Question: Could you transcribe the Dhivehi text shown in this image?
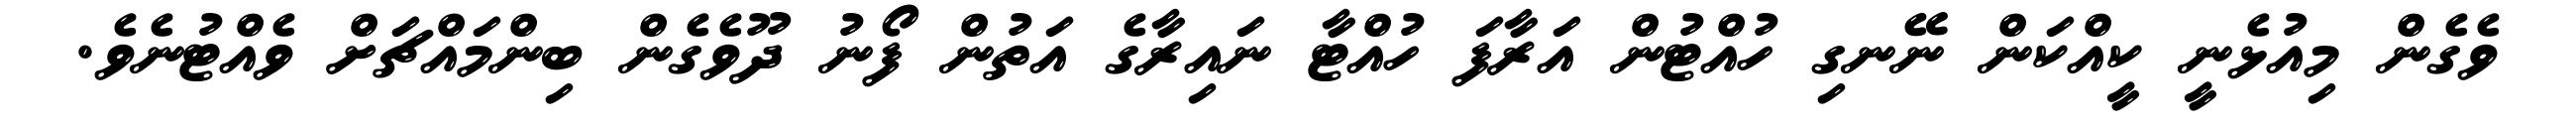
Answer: ވެގެން މިއުޅެނީ ކީއްކަން ނޭނގި ހުއްޓުން އަރާފަ ހުއްޓާ ނައިރާގެ އަތުން ފޯނު ދޫވެގެން ބިންމައްޗަށް ވެއްޓުނެވެ.